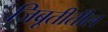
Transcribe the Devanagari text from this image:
जिबूतीतील